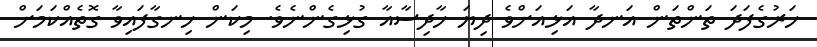
ހަރުގެފަދަ ތަންތަން އަނދާ އަޅިއަށްވެ ދިޔަ ހާދިސާއާ ގުޅިގެންނެވެ. މިކަން ހިނގާފައިވާ ގޮތެއްކަމަށް